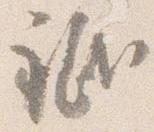
祇